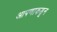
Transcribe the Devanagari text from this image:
आपणाकडून